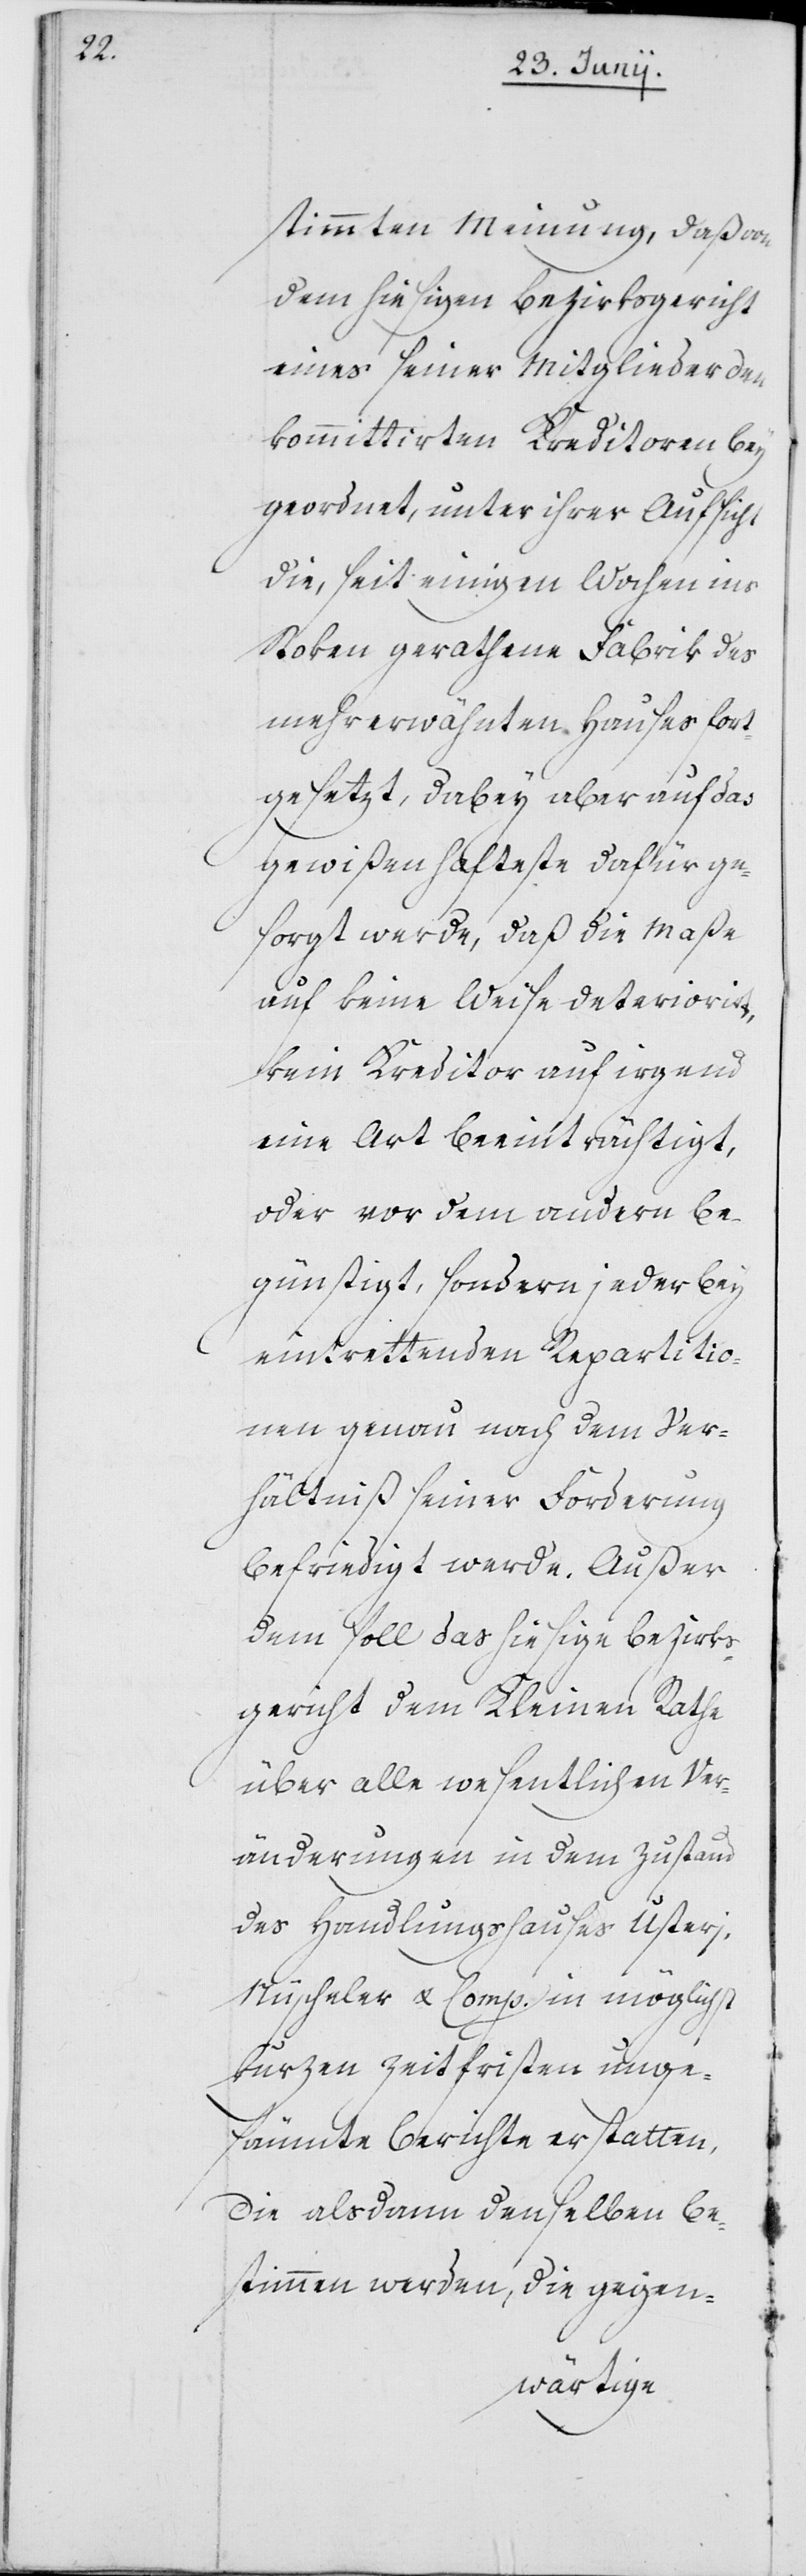
stimmten Meinung, daß von
dem hiesigen Bezirksgericht
eines seiner Mitglieder den
kommittirten Kreditoren bey¬
geordnet, unter ihrer Aufsicht
die, seit einigen Wochen ins
Stoken gerathene Fabrik des
mehrerwähnten Hauses fort¬
gesetzt, dabey aber auf das
gewißenhafteste dafür ge¬
sorgt werde, daß die Maße
auf keine Weise deteriorirt,
kein Kreditor auf irgend
eine Art beeinträchtigt,
oder vor dem andern be¬
günstigt, sondern jeder bey
eintrettenden Repartitio¬
nen genau nach dem Ver¬
hältniß seiner Forderung
befriedigt werde. Außer
dem soll das hiesige Bezirks¬
gericht dem Kleinen Rathe
über alle wesentlichen Ver¬
änderungen in dem Zustand
des Handlungshauses Usteri,
Nüscheler & Comp. in möglichst
kurzen Zeitfristen unge¬
säumte Berichte erstatten,
die alsdann denselben be¬
stimmen werden, die gegen